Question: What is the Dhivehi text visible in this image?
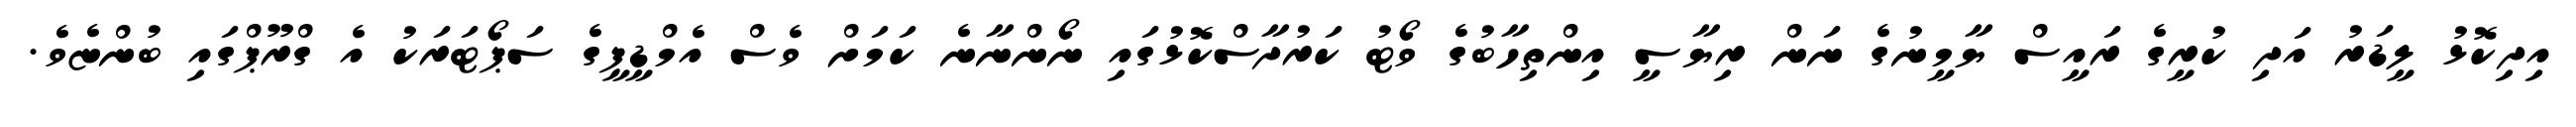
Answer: އިދިކޮޅު ލީޑަރު އަދި ކުރީގެ ރައީސް ޔާމީނުގެ ނަން ރިޔާސީ އިންތިހާބުގެ ވޯޓު ކަރުދާސްކޮޅުގައި ނޯންނާނެ ކަމަށް ވެސް އެމްޑީޕީގެ ސަޕޯޓަރަކު އެ ގްރޫޕްގައި ބުންޏެވެ.